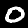
Label: 0